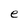
Character: e